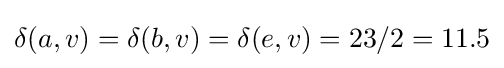
\delta (a,v)=\delta (b,v)=\delta (e,v)=23/2=11.5